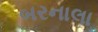
બરનાલા